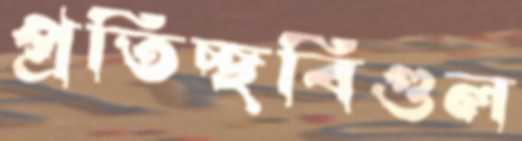
প্রতিচ্ছবিগুল